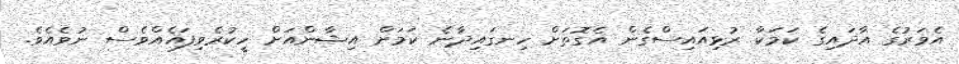
އެވަރުގެ އާދައިގެ ކަމަކާ ރުޅިއައިސްގެން އެގޮތަށް ހިނގައިދާނެ ކަމަށް އިޝާންއަށް ހީކުރެވިފައެއްވެސް ނުވެއެވެ.